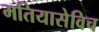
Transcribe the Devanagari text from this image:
मतियासेविच